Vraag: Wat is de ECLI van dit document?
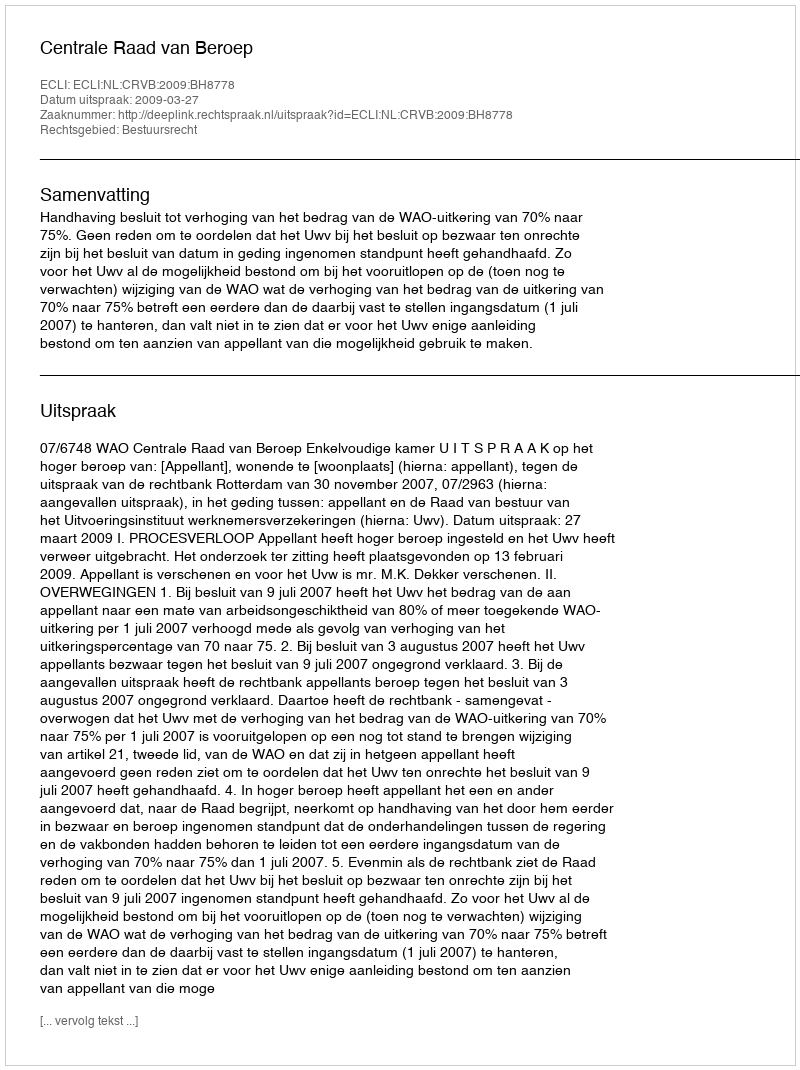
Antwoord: ECLI:NL:CRVB:2009:BH8778